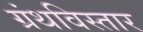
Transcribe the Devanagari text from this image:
ग्रंथविस्तार